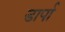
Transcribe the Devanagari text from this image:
डार्पा